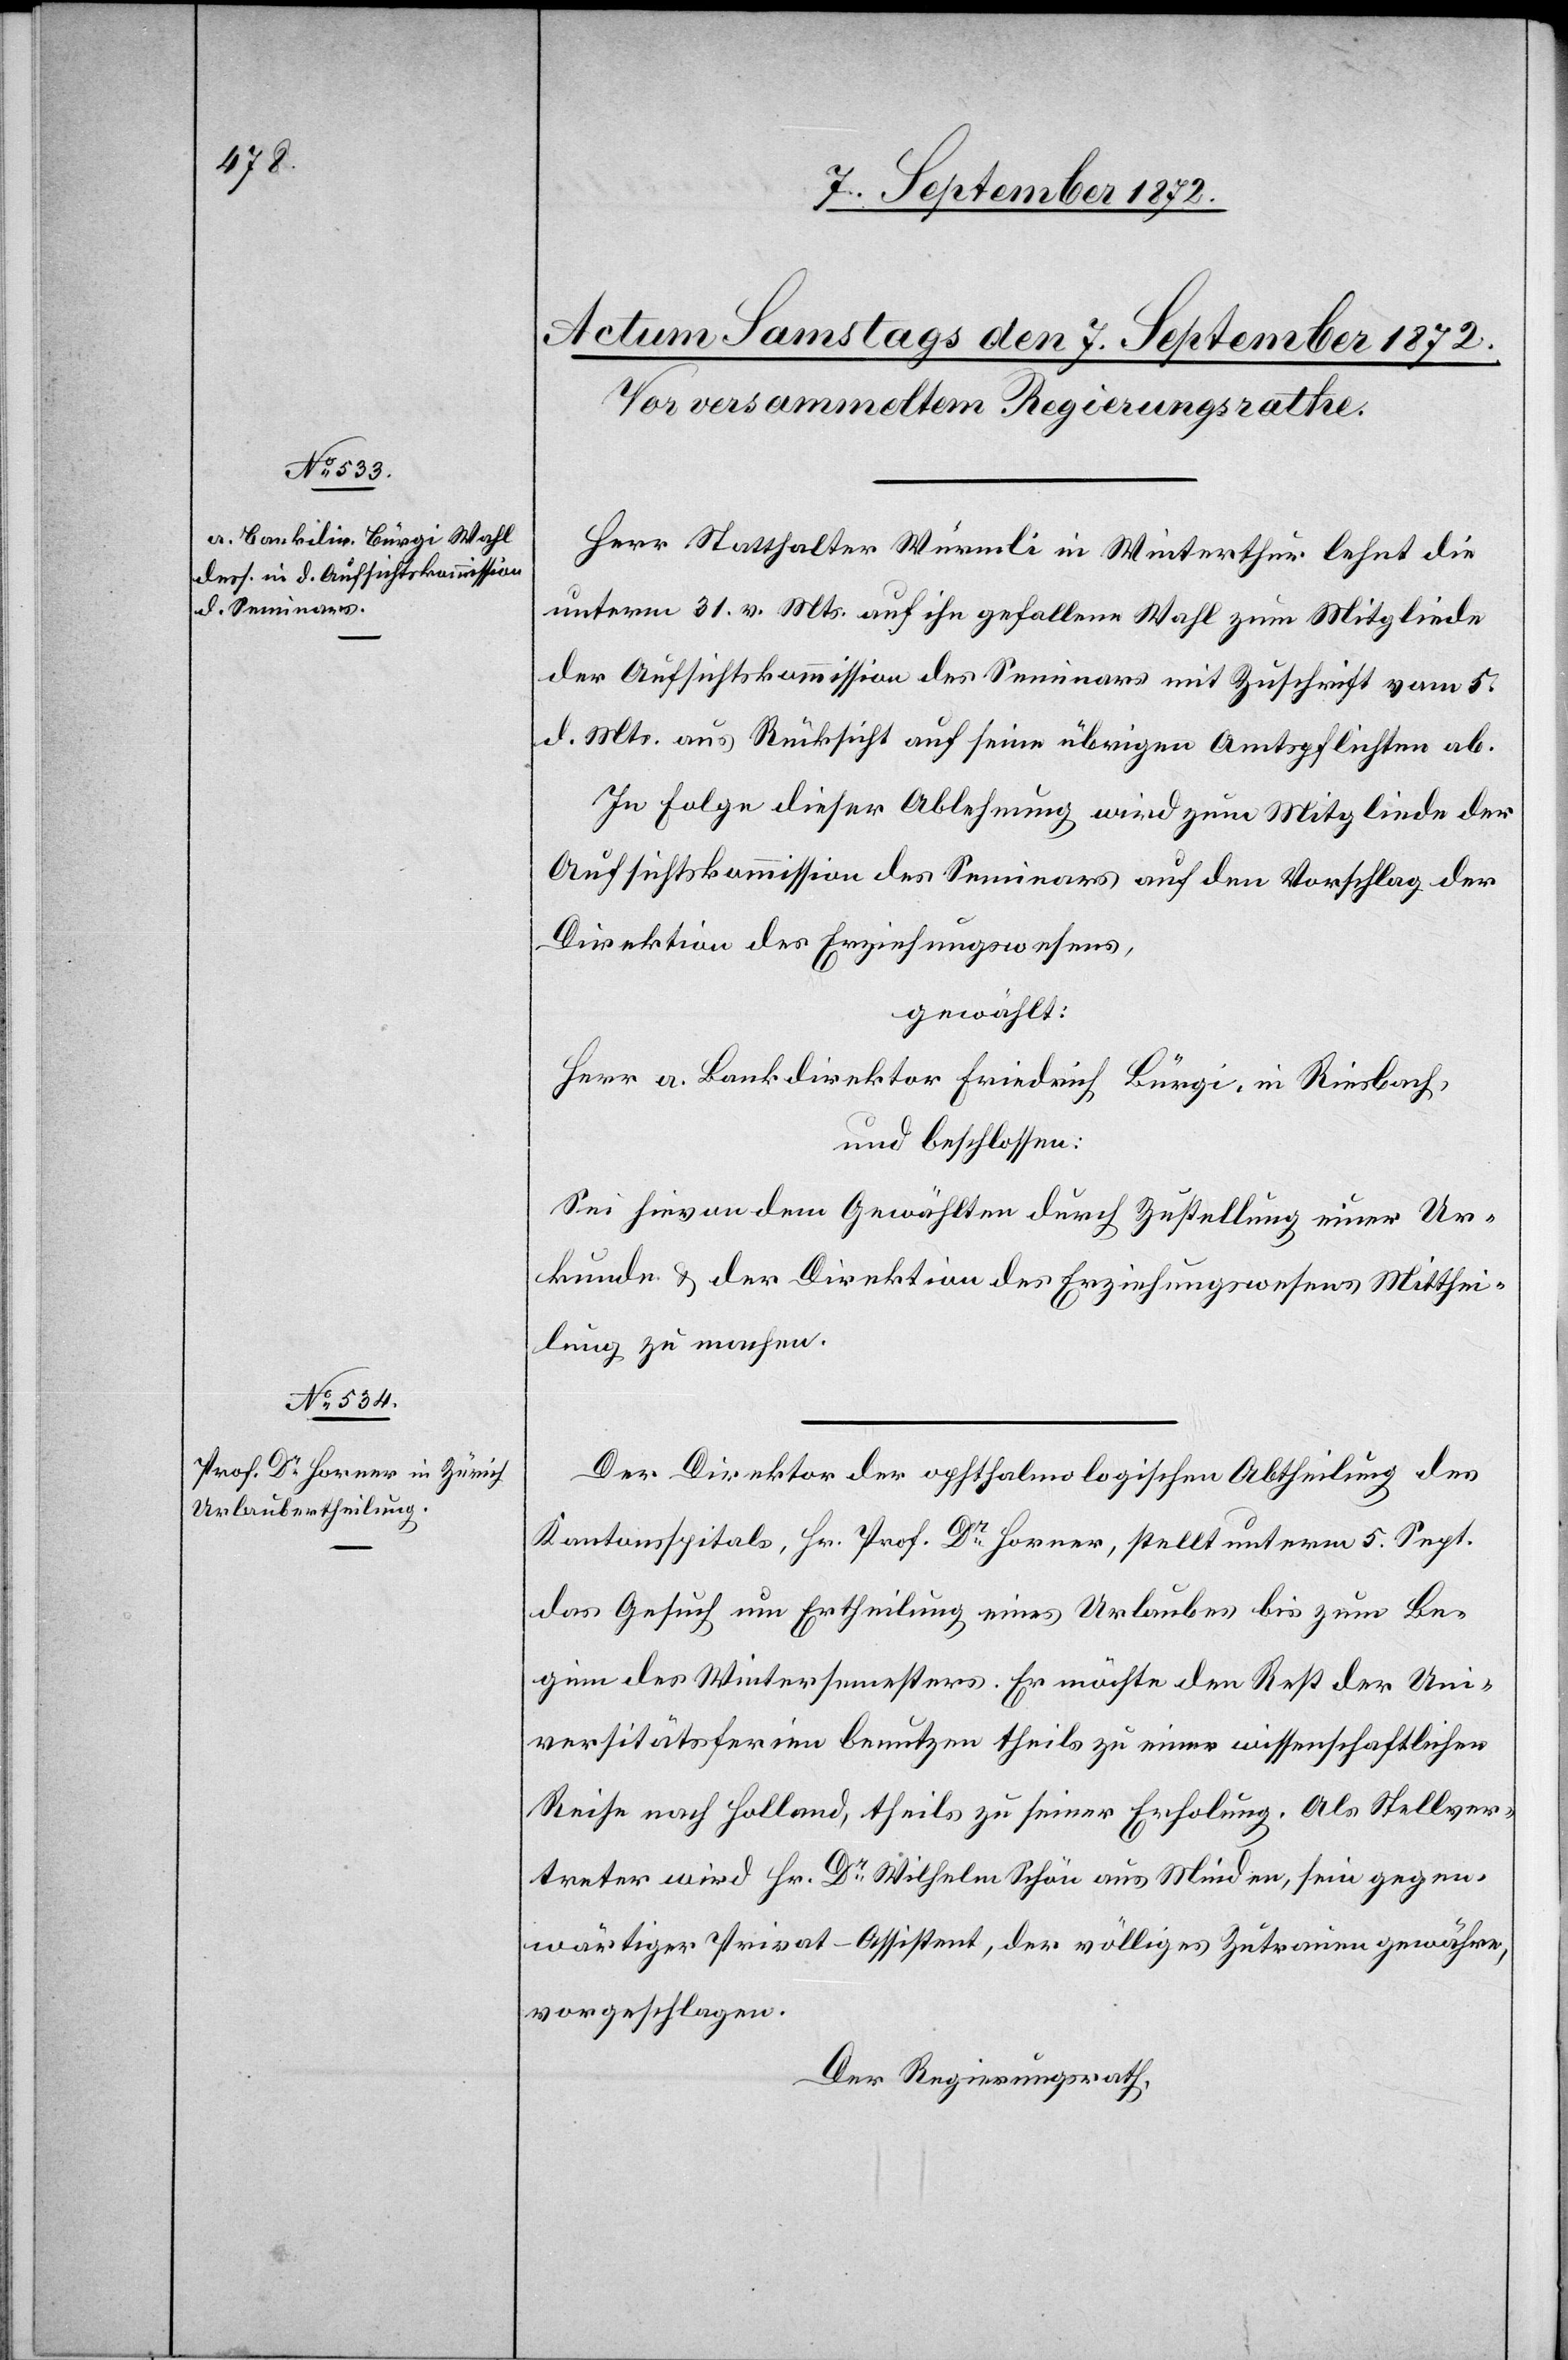
Herr Statthalter Würmli in Winterthur lehnt die
unterm 31. v. Mts. auf ihn gefallene Wahl zum Mitgliede
der Aufsichtskommission des Seminars mit Zuschrift vom 5.
d. Mts. aus Rücksicht auf seine übrigen Amtspflichten ab.
In Folge dieser Ablehnung wird zum Mitgliede der
Aufsichtskommission des Seminars auf den Vorschlag der
Direktion des Erziehungswesens,
gewählt:
Herr a. Bankdirektor Friedrich Bürgi, in Riesbach,
und beschlossen:
Sei hievon dem Gewählten durch Zustellung einer Ur¬
kunde u. der Direktion des Erziehungswesens Mitthei¬
lung zu machen.
Der Direktion der ophthalmologischen Abtheilung des
Kantonsspitals, Hr. Prof. Dr Horner, stellt unterm 5. Sept.
das Gesuch um Ertheilung eines Urlaubes bis zum Be¬
ginn des Wintersemesters. Er möchte den Rest der Uni¬
versitätsferien benutzen theils zu einer wissenschaftlichen
Reise nach Holland, theils zu seiner Erholung. Als Stellver¬
treter wird Hr. Dr Wilhelm Schön aus Minden, sein gegen¬
wärtiger Privat-Assistent, der völliges Zutrauen gewähre,
vorgeschlagen.
Der Regierungsrath,